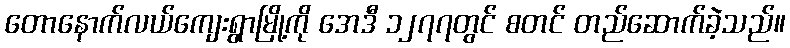
တောနောက်လယ်ကျေးရွာမြို့ကို အေဒီ ၁၂၇၇တွင် စတင် တည်ဆောက်ခဲ့သည်။